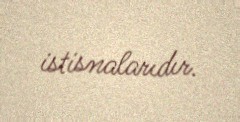
istisnalarıdır.